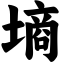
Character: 墒